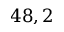
4 8 , 2